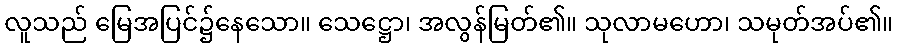
လူသည် မြေအပြင်၌နေသော။ သေဋ္ဌော၊ အလွန်မြတ်၏။ သုလာမဟော၊ သမုတ်အပ်၏။